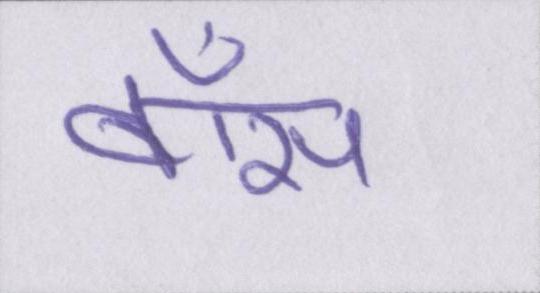
बॉस